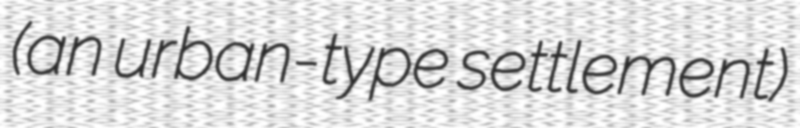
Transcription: (an urban-type settlement)